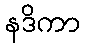
နဒိကာ